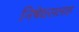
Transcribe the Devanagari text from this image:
निषेधसलाह